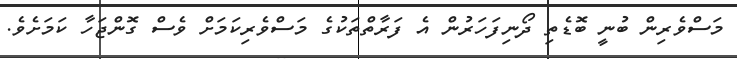
މަސްވެރިން ބުނީ ބޮޑެތި ދޯނިފަހަރުން އެ ފަރާތްތަކުގެ މަސްވެރިކަމަށް ވެސް ގޮންޖަހާ ކަމަށެވެ.